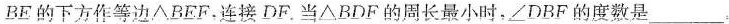
BE的下方作等边\triangle BEF，连接DF。当\triangle BDF的周长最小时，\angle DBF的度数是